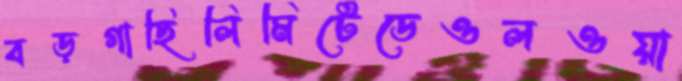
বড়গাছিলিমিটেডেওলওয়া